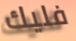
فليك